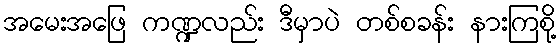
အမေးအဖြေ ကဏ္ဍလည်း ဒီမှာပဲ တစ်စခန်း နားကြစို့